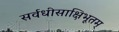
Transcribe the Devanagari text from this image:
सर्वधीसाक्षिभूतम्